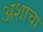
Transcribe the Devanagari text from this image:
अशाचा